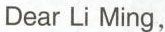
Dear Li Ming,